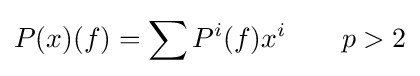
P(x)(f)=\sum P^{i}(f)x^{i}\qquad p>2